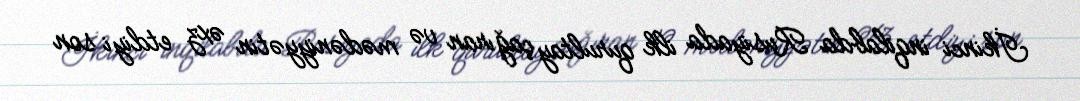
İkinci inqilabda Rusiyada ilk qurultay çağıran və mədəniyyətin əxz etdiyi son